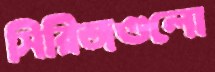
সিরিজগুলো